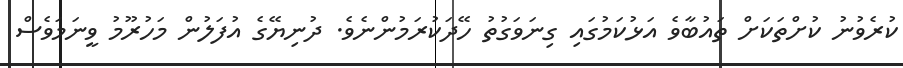
ކުރެވުނު ކުށްތަކަށް ތައުބާވެ އަޅުކަމުގައި ގިނަވަގުތު ހޭދަކުރަމުންނެވެ. ދުނިޔޭގެ އުފަލުން މަހުރޫމު ވީނަމަވެސް